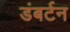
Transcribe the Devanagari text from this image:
डंबर्टन